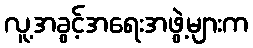
လူ့အခွင့်အရေးအဖွဲ့များက